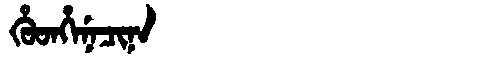
Manchu: ᡥᡠᡨᡥᡝᠨᡝᠴᡳᠨᠠ
Romanization: HUTHENECINA